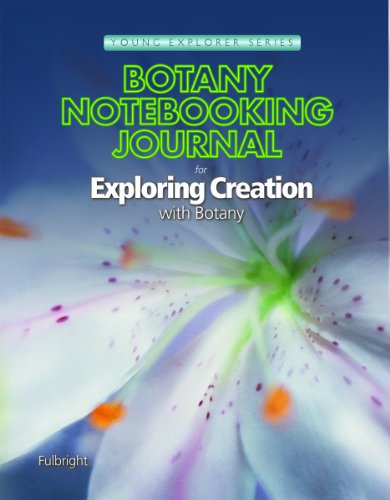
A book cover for Botany Notebooking Journal for Exploring Creation with Botany (Young Explorer (Apologia Educational Ministries)); Jeannie K. Fulbright; Science & Math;